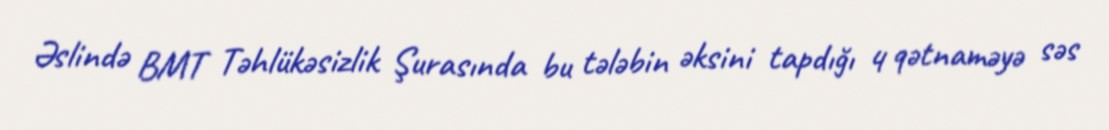
Əslində BMT Təhlükəsizlik Şurasında bu tələbin əksini tapdığı 4 qətnaməyə səs